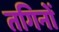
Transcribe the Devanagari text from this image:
तगिनों